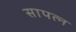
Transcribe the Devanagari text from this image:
सापत्न